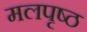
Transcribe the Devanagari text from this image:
मलपृष्ठ